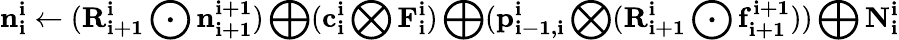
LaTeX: \mathbf{n_{i}^{i}}\gets(\mathbf{R_{i+1}^{i}}\bigodot\mathbf{n_{i+1}^{i+1}})\bigoplus(\mathbf{c_{i}^{i}}\bigotimes\mathbf{F_{i}^{i}})\bigoplus(\mathbf{p_{i-1,i}^{i}}\bigotimes(\mathbf{R_{i+1}^{i}}\bigodot\mathbf{f_{i+1}^{i+1}}))\bigoplus\mathbf{N_{i}^{i}}